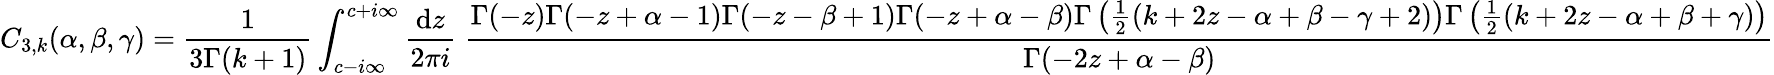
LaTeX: C_{3,k}(\alpha,\beta,\gamma)=\frac{1}{3\Gamma(k+1)}\int_{c-i\infty}^{c+i\infty}\frac{\mathrm{d}z}{2\pi i}\; \frac{\Gamma(-z)\Gamma(-z+\alpha-1)\Gamma(-z-\beta+1)\Gamma(-z+\alpha-\beta)\Gamma\left(\frac{1}{2}(k+2z-\alpha+\beta-\gamma+2)\right)\Gamma\left(\frac{1}{2}(k+2z-\alpha+\beta+\gamma)\right)}{\Gamma(-2z+\alpha-\beta)}